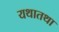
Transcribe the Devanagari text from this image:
यथातथा